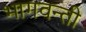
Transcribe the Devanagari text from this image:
भागवन्ती